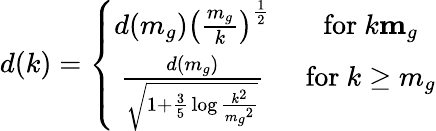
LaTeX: d(k)=\left\{ \begin{array}{cc}{{d(m_{g})\left({\frac{m_{g}}{k}}\right)^{\frac{1}{2}}}}&{{\mathrm{~for~}k\le m_{g}}}\\ {{{\frac{d(m_{g})}{\sqrt{1+{\frac{3}{5}}\log{\frac{k^{2}}{{m_{g}}^{2}}}}}}}}&{{\mathrm{~for~}k\ge m_{g}}}\end{array}\right.